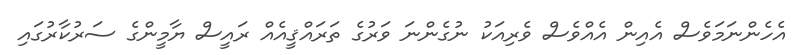
އެހެންނަމަވެސް އެއިން އެއްވެސް ވެރިއަކު ނުގެންނަ ވަރުގެ ތަރައްޤީއެއް ރައީސް ޔާމީންގެ ސަރުކާރުގައި